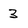
Character: 3